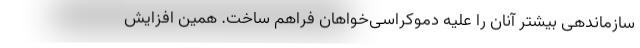
سازماندهی بیشتر آنان را علیه دموکراسی‌خواهان فراهم ساخت‌. همین افزایش